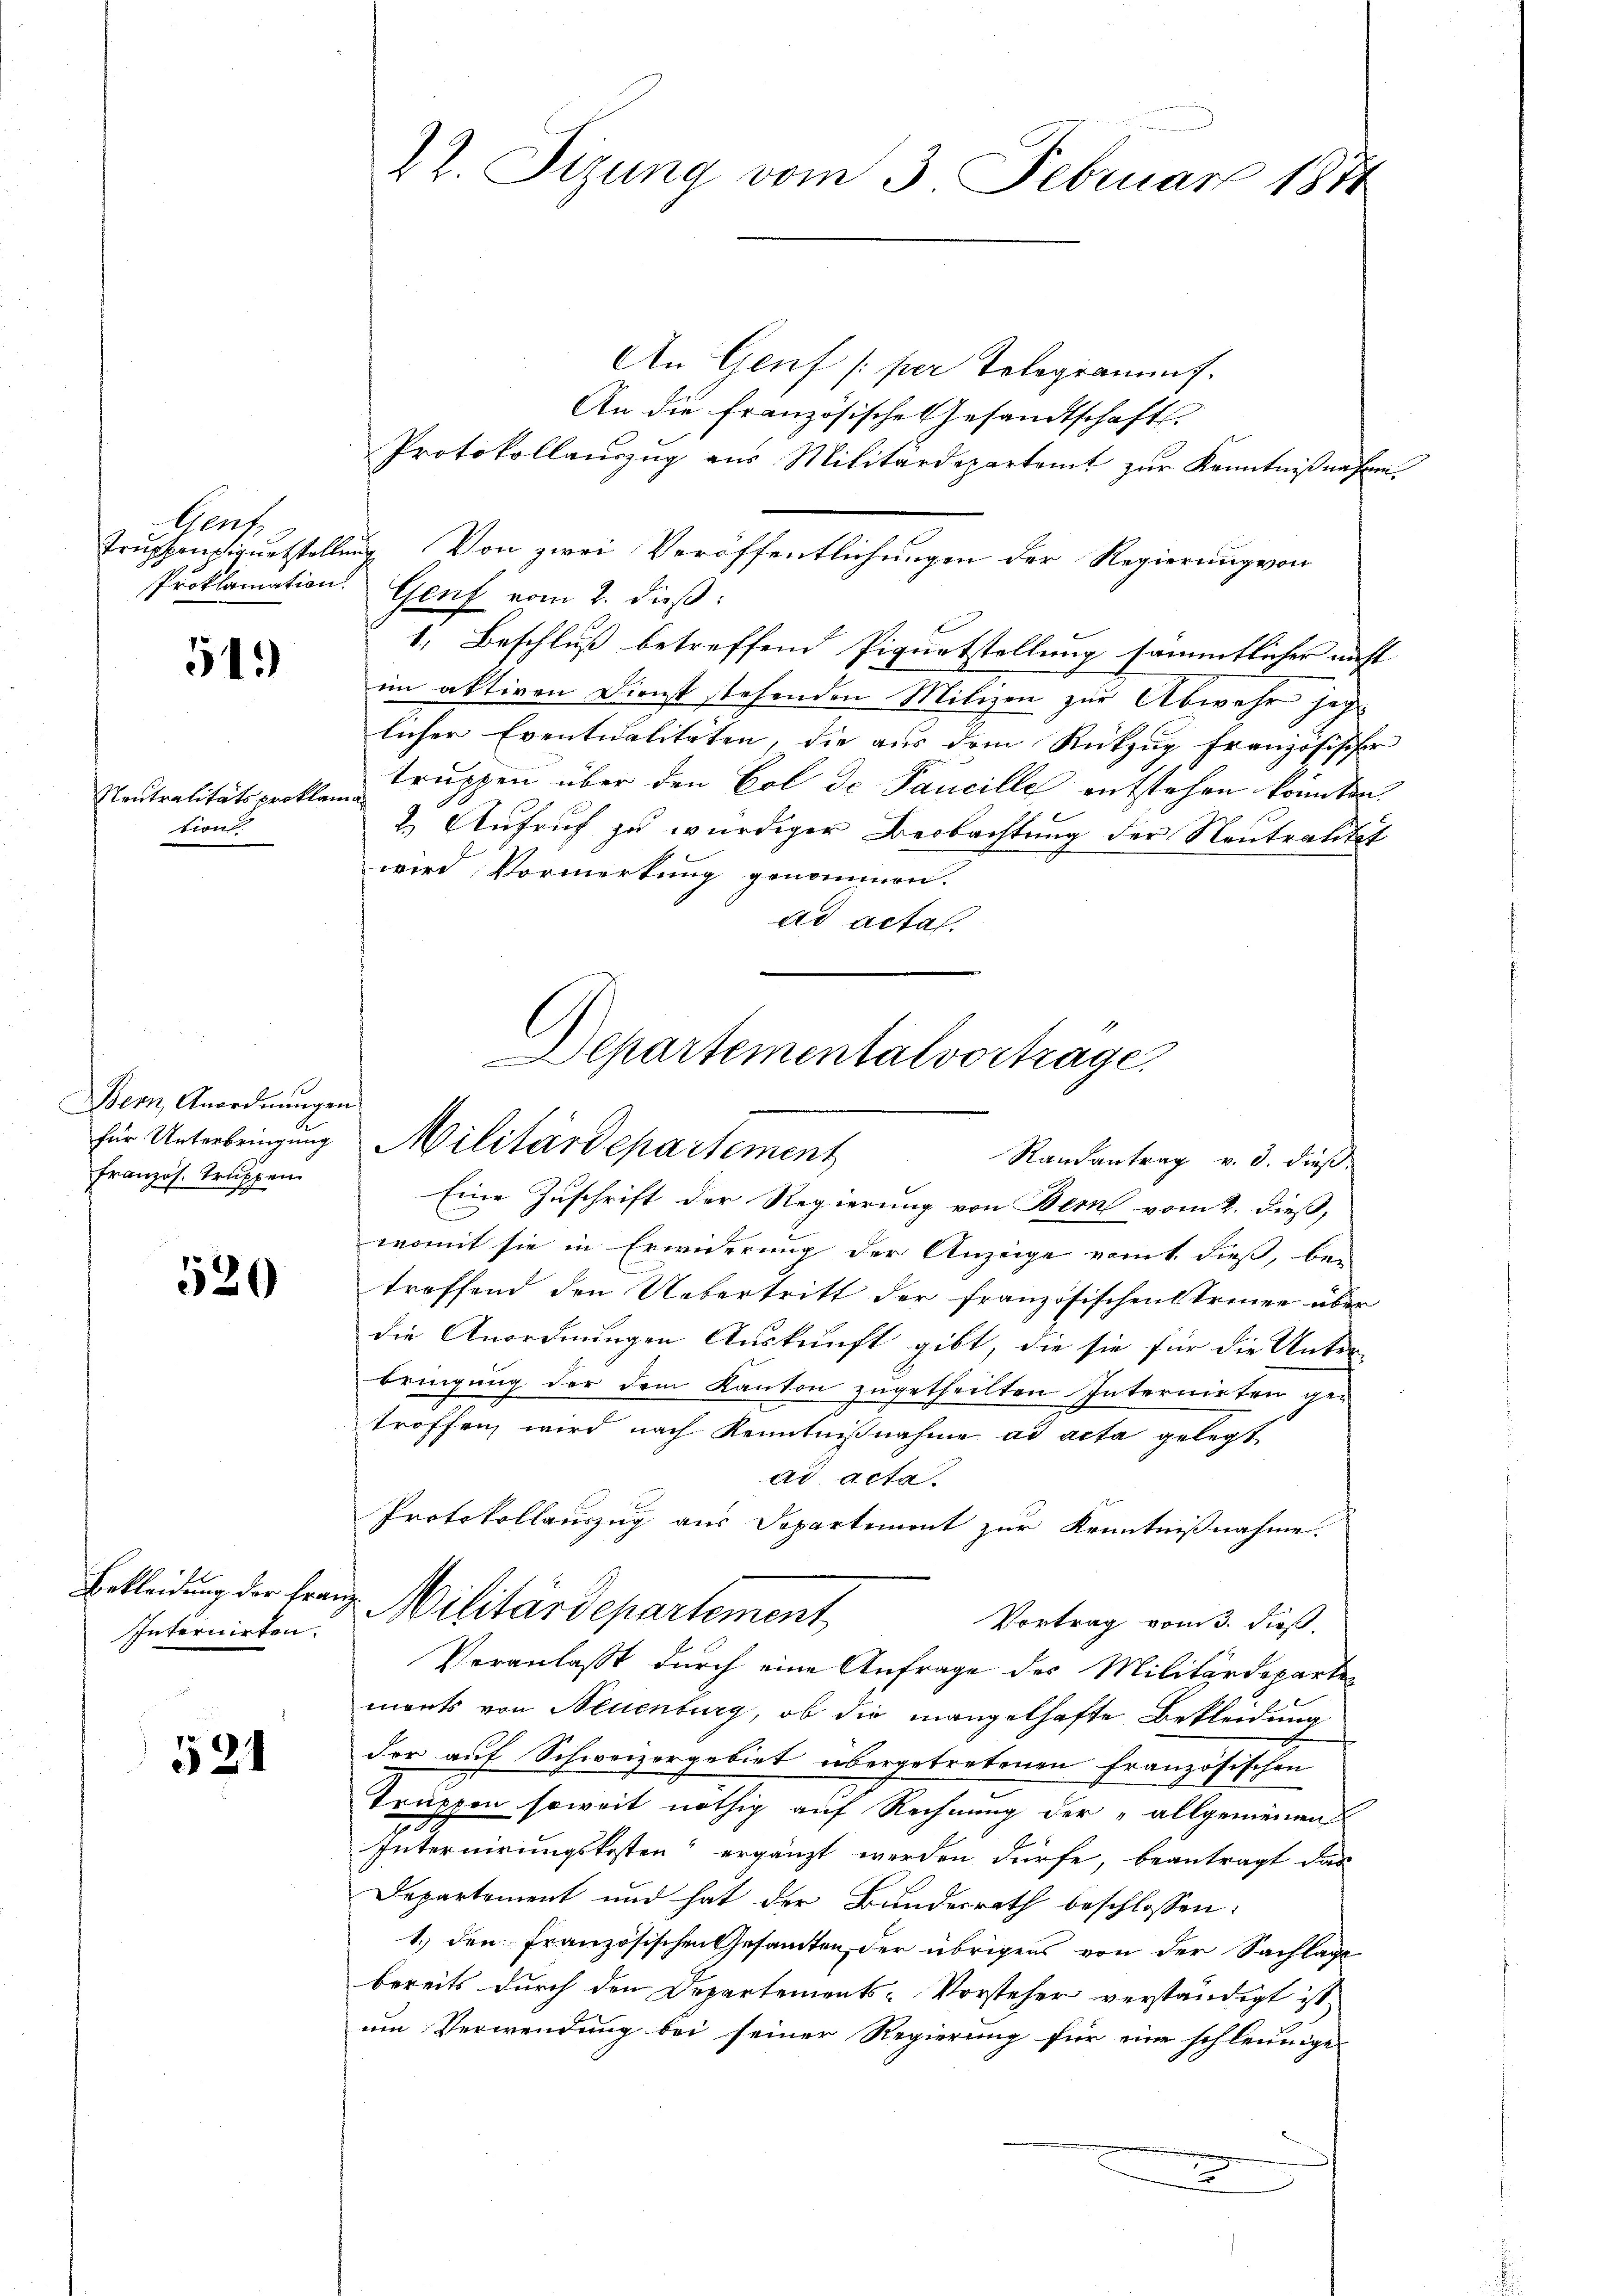
Aenf

51.)

Neutralitätsproklan
tion.

Bern Anordnungen
französ. Truppen

520

Internirten.

524

Eine Zuschrift der Regierung von Bern vom 2. dieß,
womit sie in Erwiderung der Anzeige vomt dieß, bei
treffend den Uebertritt der französischen Erinne über
die Anordnungen Auskunft gibt, die sie für die Unter-
bringung der dem Kanton zugetheilten Internirten ge-
troffen wird nach Kenntnißnahme ad acta gelegt
ad acta.
Protokollauszug aus Departement zur Kenntnißnahme.
Vortrag vom 3. dieß.
Veranlaßt durch eine Anfrage des Militärdeparte
ments von Neuenburg, ob die mangelhafte Bekleidung
der auf Schweizergebiet übergetretenen französischen
Trappen soweit nöthig auf Rechnung der „allgemeinen
Internirungskosten“ ergänzt werden dürfe, beantragt das
Departement und hat der Bundesrath beschlossen:
1.) den Französischen Gesandten, der übrigens von der Sachlage
bereits durch den Departements-Vorsteher verständigt ist,
um Verwendung bei seiner Regierung für eine schleunige
d

22. Sizung vom 3. Februar 1884

An Genf /: per Telegramms.
An die französisches Gesandtschaft.
Protokollaŭszŭg aŭs Militärdepartamt zŭr Kenntniβnahmen.
Truppenzigentstellung. Von zwei Veröffentlichungen der Regierung von
Proklamation. Genf vom 2. dieß:
1. Beschluß betreffend Pigurtstellung sämmtlicher nicht |
im aktiven Dienst stehenden Milizen zur Abwehr jeg-
licher Eventualitäten, die aus dem Rückzug französischer
truppen über den Col de Pancille entstehen könnten.
h
2.) Aufruf zu würdiger Beobachtung der Neutralität
wird Vormerkung genommen.
ad acta.

l
Departementalvortrage,
für Unterbringung Militärdepartement
Randantrag v. 3. dieß

Bekleidung der Franz Militärdepartement